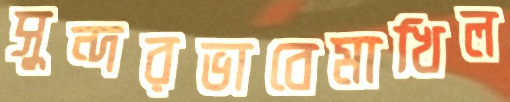
সুন্দরভাবেমাখিল